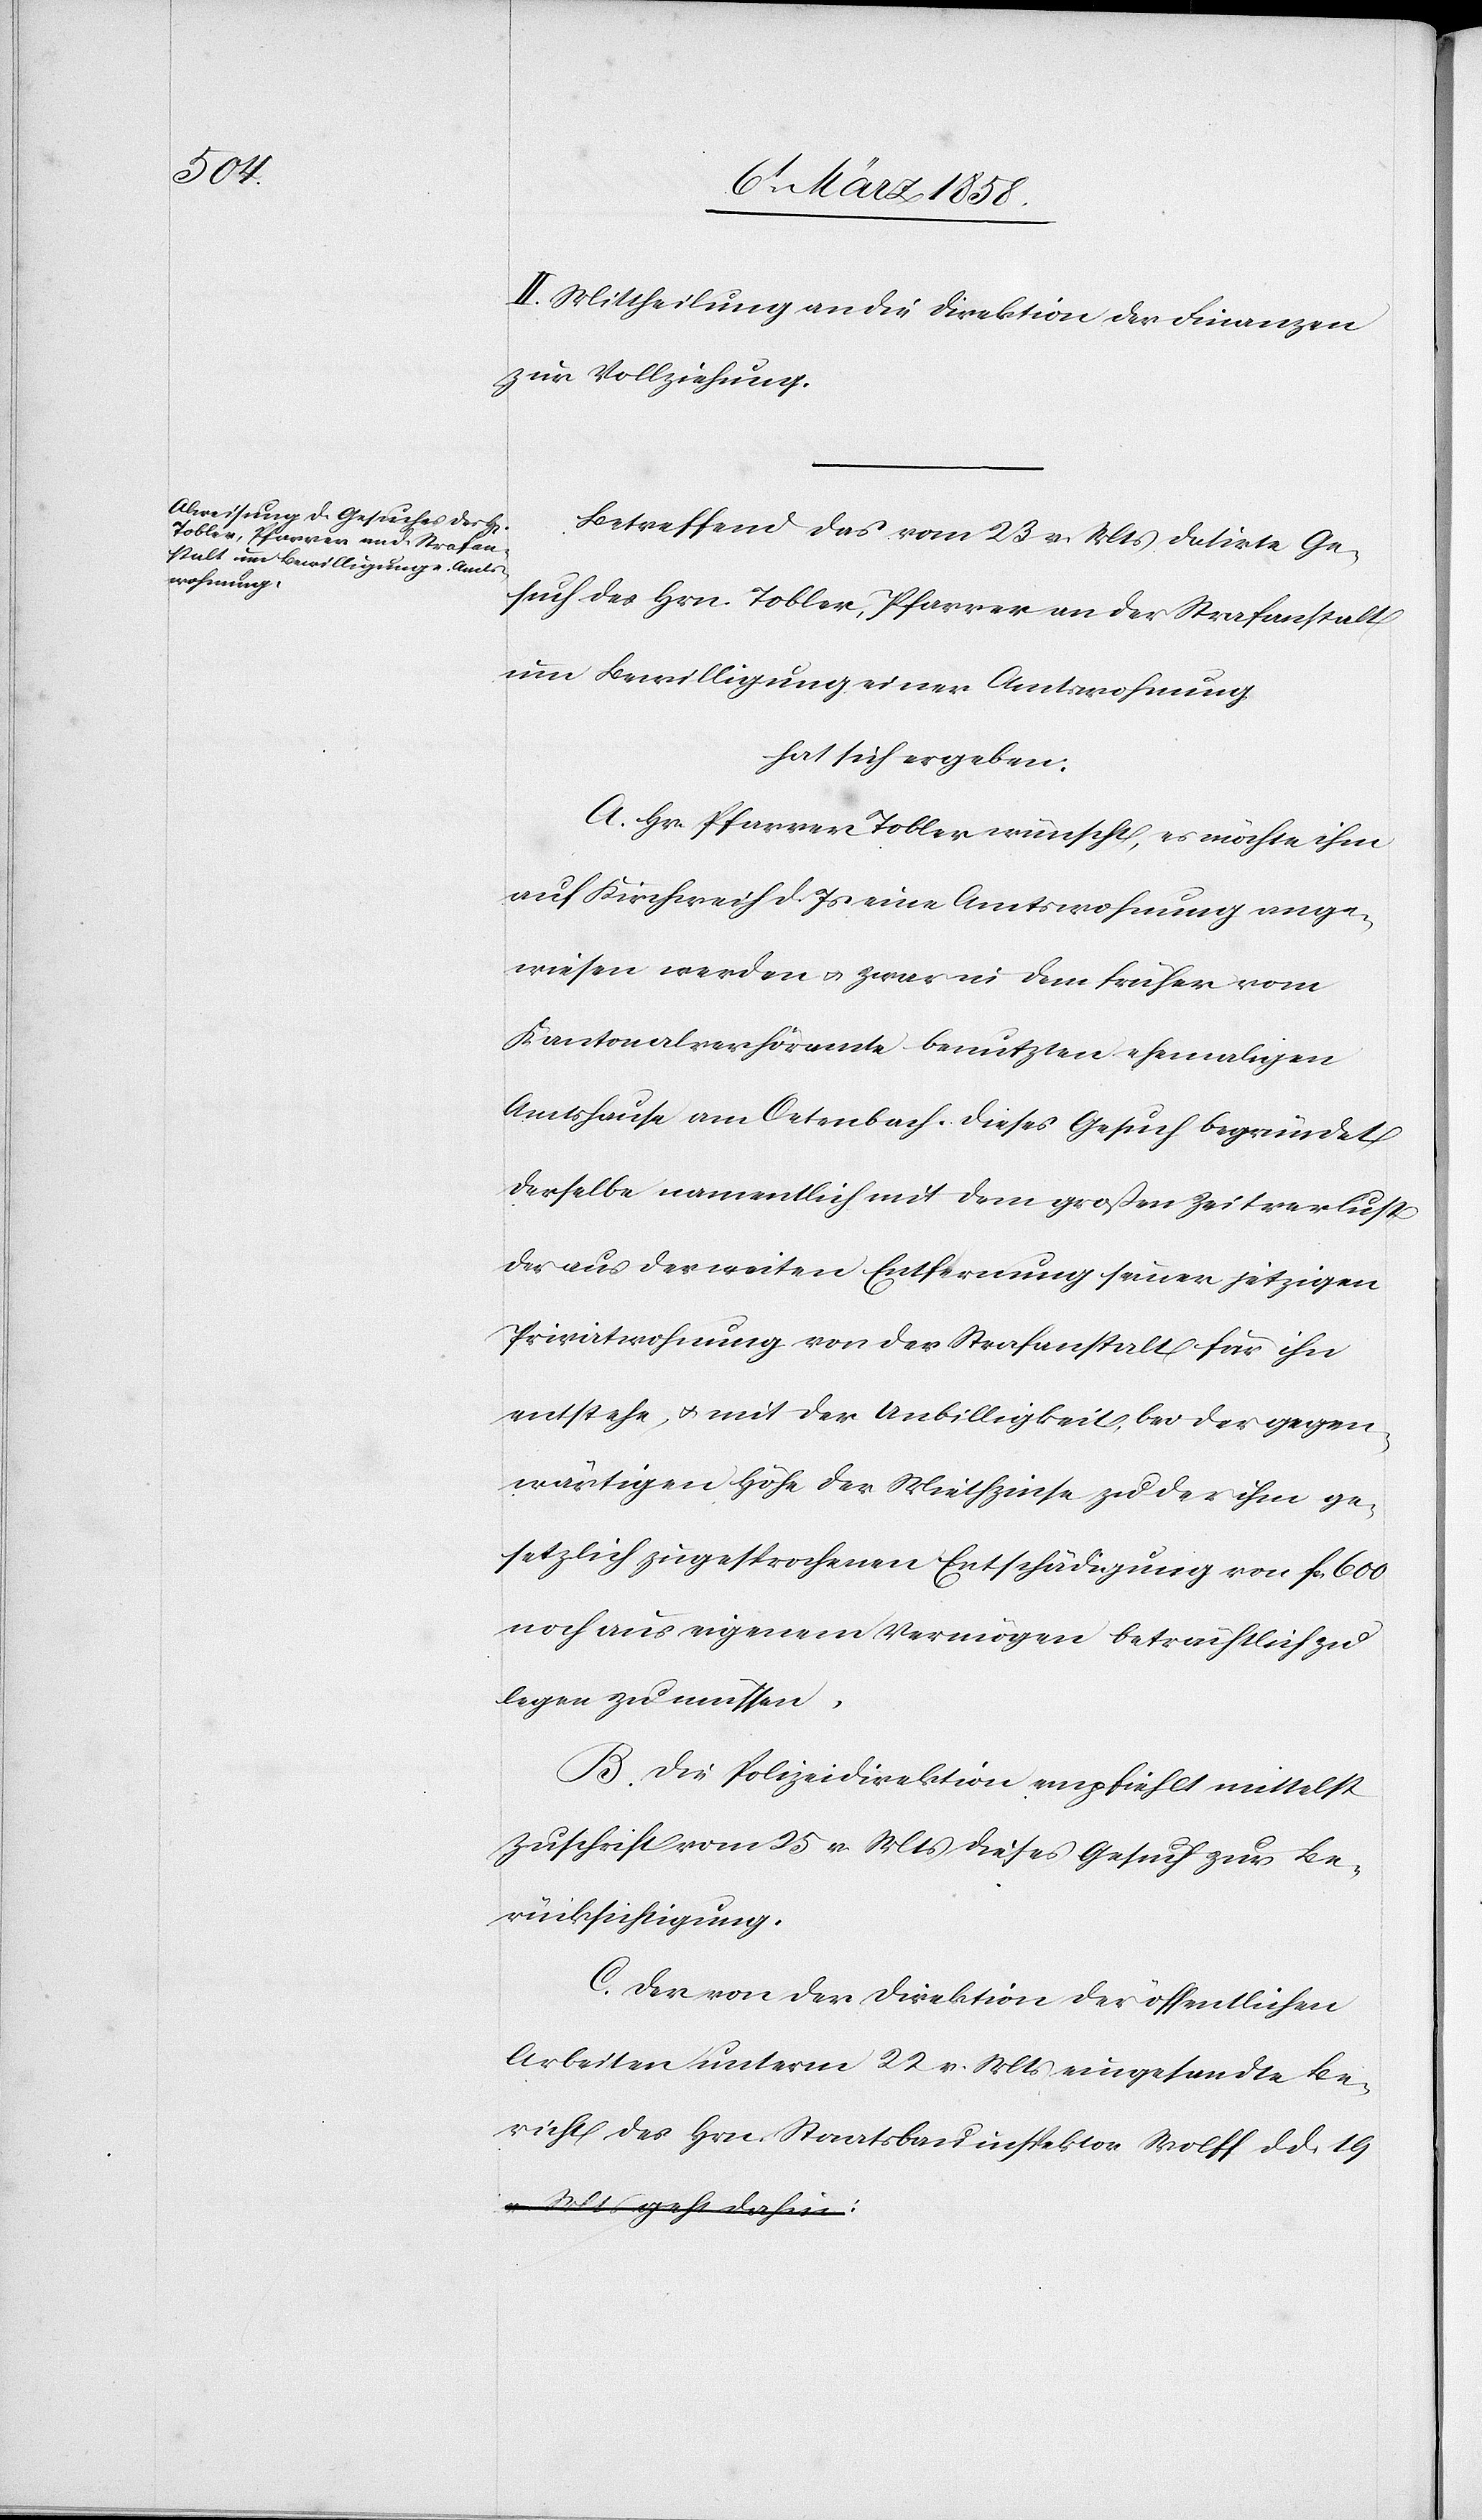
II. Mittheilung an die Direktion der Finanzen
zur Vollziehung.
Betreffend das vom 23. v. Mts. datirte Ge¬
such des Hrn. Tobler, Pfarrer an der Strafanstalt
um Bewilligung einer Amtsrechnung
hat sich ergeben:
A. Hr. Pfarrer Tobler wünscht, es möchte ihm
auf Kirchweih d. Js. eine Amtswohnung ange¬
wiesen werden u. zwar in dem früher vom
Kantonalverhöramte benutzten ehemaligen
Amtshause am Oetenbach. Dieses Gesuch begründet
derselbe namentlich mit dem großen Zeitverlust
der aus der weiten Entfernung seiner jetzigen
Privatwohnung von der Strafanstalt für ihn
entstehe, u. mit der Unbilligkeit bei der gegen¬
wärtigen Höhe der Miethzinse zu der ihm ge¬
setzlich zugesprochenen Entschädigung von fcs. 600
noch aus eigenem Vermögen beträchtlich zu
legen zu müssen.
B. Die Polizeidirektion empfiehlt mittelst
Zuschrift vom 25. v. Mts. dieses Gesuch zur Be¬
rücksichtigung.
C. Der von der Direktion der öffentlichen
Arbeiten unterm 22. v. Mts. eingesandte Be¬
richt des Hrn. Staatsbauinspektor Wolff d. d. 19.